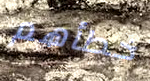
خطأهم